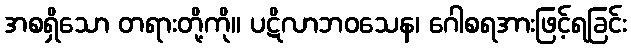
အစရှိသော တရားတို့ကို။ ပဋိလာဘဝသေန၊ ဂေါစရအားဖြင့်ရခြင်း